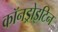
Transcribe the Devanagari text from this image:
कॉनड्रोइटिन